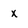
Character: x